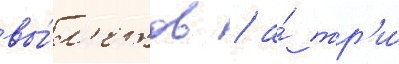
вы́л'етов / а́ тр'и́